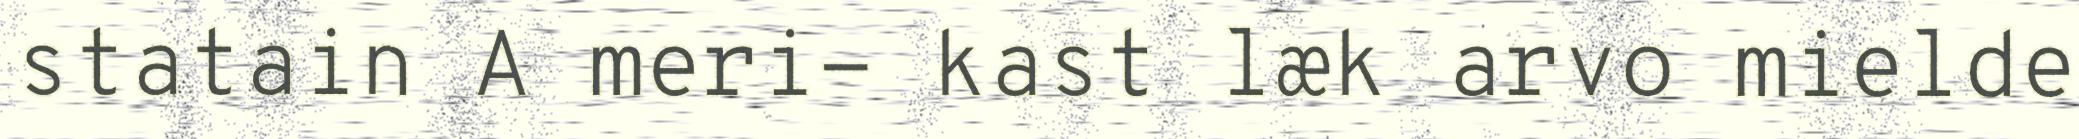
statain A meri- kast læk arvo mielde